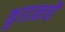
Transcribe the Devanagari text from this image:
कुडाळची